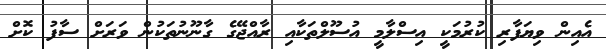
އެއިން ވިޔަފާރި ކުރުމަކީ އިސްލާމީ އުސޫލްތަކާއި ރާއްޖޭގެ ގާނޫނުތަކުން ވަރަށް ސާފު ކޮށް